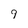
Character: 9